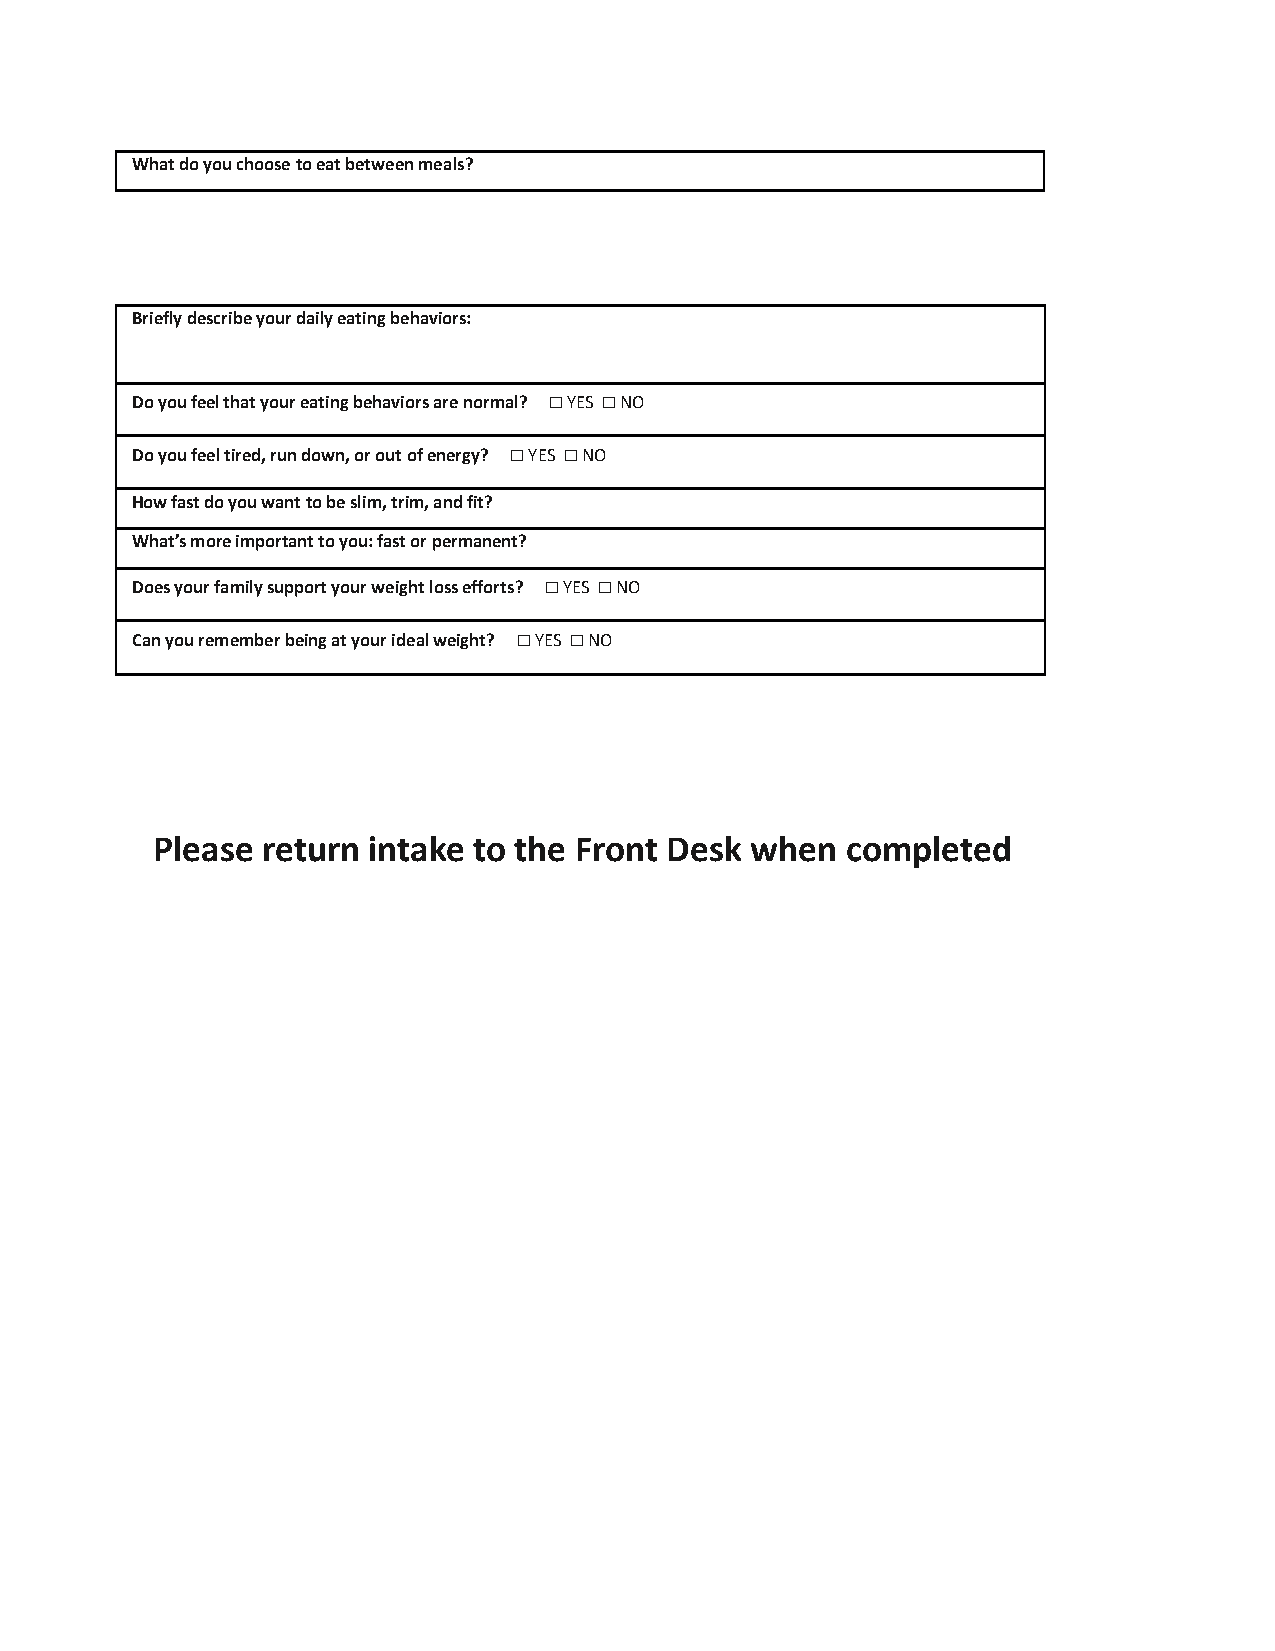
What do you choose to eat between meals?
 Briefly describe your daily eating behaviors:
 Do you feel that your eating behaviors are normal? ☐ YES ☐ NO
 Do you feel tired, run down, or out of energy? ☐ YES ☐ NO
 How fast do you want to be slim, trim, and fit?
 What’s more important to you: fast or permanent?
 Does your family support your weight loss efforts? ☐ YES ☐ NO
 Can you remember being at your ideal weight? ☐ YES ☐ NO
 Please return intake to the Front Desk  when  completed